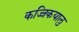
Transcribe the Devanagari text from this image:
कज्जिकयालु